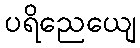
ပရိညေယျေ